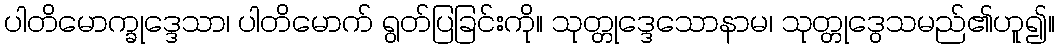
ပါတိမောက္ခုဒ္ဒေသာ၊ ပါတိမောက် ရွတ်ပြခြင်းကို။ သုတ္တုဒ္ဒေသောနာမ၊ သုတ္တုဒွေသမည်၏ဟူ၍။